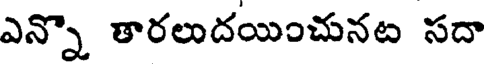
ఎన్నొ తారలుదయించునట సదా